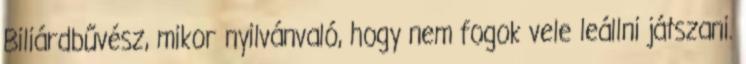
Biliárdbűvész, mikor nyilvánvaló, hogy nem fogok vele leállni játszani.